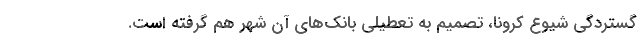
گستردگی شیوع کرونا، تصمیم به تعطیلی بانک‌های آن شهر هم گرفته است.